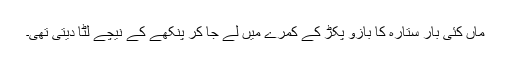
ماں کئی بار ستارہ کا بازو پکڑ کے کمرے میں لے جا کر پنکھے کے نیچے لٹا دیتی تھی۔